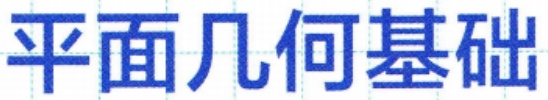
平面几何基础